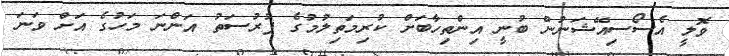
ވޮލީ އެސޯސިއޭޝަނުން ބުނީ އިންތިހާބަށް ކުރިމަތިލުމުގެ ފުރުސަތު އަންނަ މަހުގެ އަށް ވަނަ